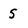
Character: s